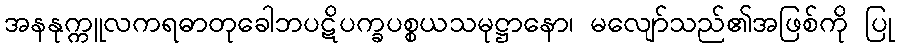
အနနုက္ကူလကရဓာတုခေါဘပဋိပက္ခပစ္စယသမုဋ္ဌာနော၊ မလျော်သည်၏အဖြစ်ကို ပြု